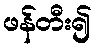
ဖန်တီး၍